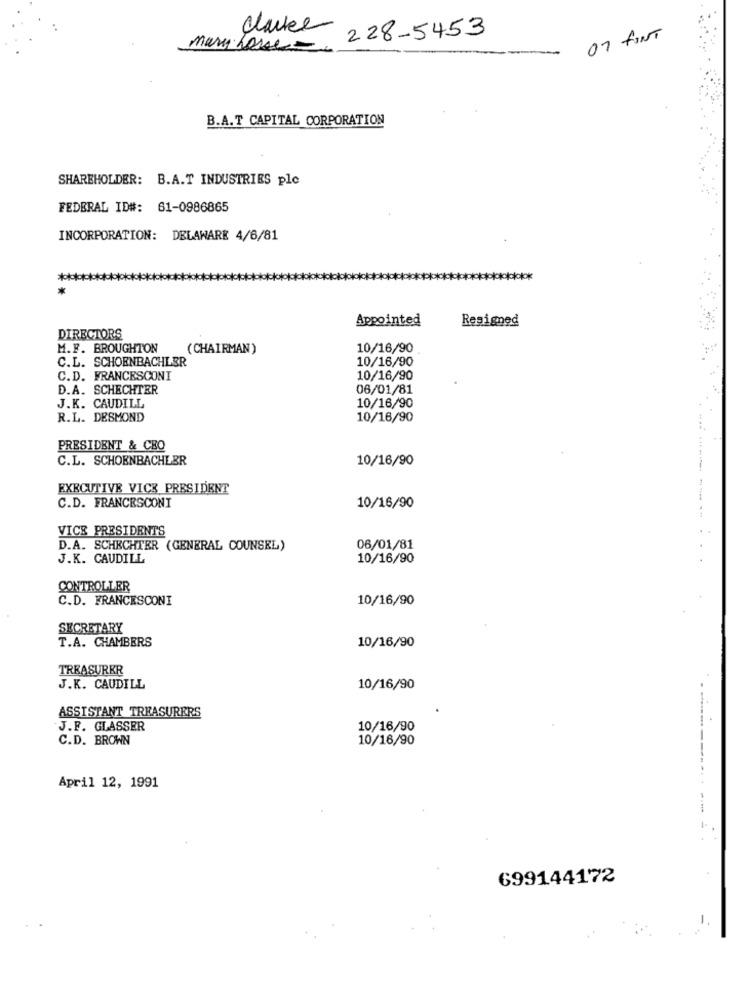
clarke
228-5453
07 FINT
mary fosse-
B.A.T CAPITAL CORPORATION
SHAREHOLDER: B.A.T INDUSTRIES plc
FEDERAL ID#: 61-0986865
INCORPORATION: DELAWARE 4/6/81
Appointed
Resigned
DIRECTORS
M.F. BROUGHTON
(CHAIRMAN)
10/16/90
C.L. SCHOENBACHLER
10/16/90
C.D. FRANCESCONI
10/16/90
D.A. SCHECHTER
06/01/81
J.K. CAUDILL
10/16/90
R.L. DESMOND
10/16/90
PRESIDENT & CBO
C.L. SCHOENBACHLER
10/16/90
EXECUTIVE VICE PRESIDENT
C.D. FRANCESCONI
10/16/90
VICE PRESIDENTS
D.A. SCHECHTER (GENERAL COUNSEL)
06/01/81
J.K. CAUDILL
10/16/90
CONTROLLER
C.D. FRANCESCONI
10/16/90
SECRETARY
T.A. CHAMBERS
10/16/90
TREASURER
J.K. CAUDILL
10/16/90
ASSISTANT TREASURERS
J.F. GLASSER
10/16/90
C.D. BROWN
10/16/90
April 12, 1991
699144172